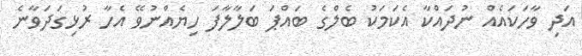
އަދި ވާހަކައެއް ނުދައްކާ އެކަމަކު ބެލްގެ ބައްޕަ ބަލާލާފަ ހިޔެއްނުވޭ އެހާ ރުޅިގަދަވާނެ